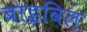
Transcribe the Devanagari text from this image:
बाइविल